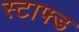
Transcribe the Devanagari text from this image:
स्टाफ्ड